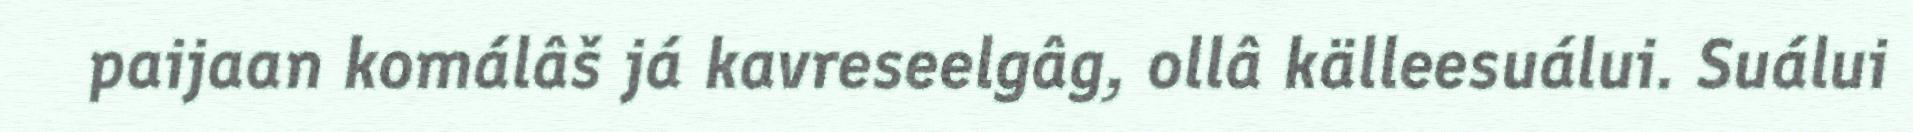
paijaan komálâš já kavreseelgâg, ollâ källeesuálui. Suálui